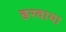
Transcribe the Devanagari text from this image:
डरवाया